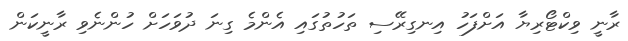
ރާނީ ވިކްޓޯރިޔާ އަށްފަހު އިނގިރޭސި ތަހުތުގައި އެންމެ ގިނަ ދުވަހަށް ހުންނެވި ރާނީކަން